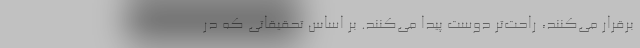
برقرار می‌کنند، راحت‌تر دوست پیدا می‌کنند. بر اساس تحقیقاتی که در